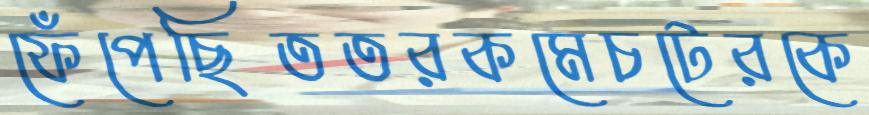
ফেঁপেছিততরকমেচটেরকে